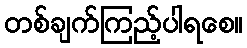
တစ်ချက်ကြည့်ပါရစေ။